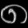
Digit: ၈